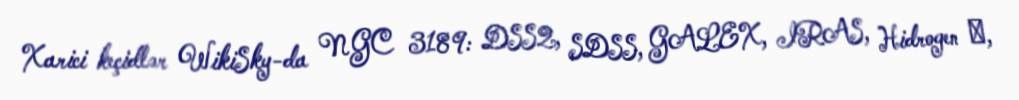
Xarici keçidlər WikiSky-da NGC 3189: DSS2, SDSS, GALEX, IRAS, Hidrogen α,